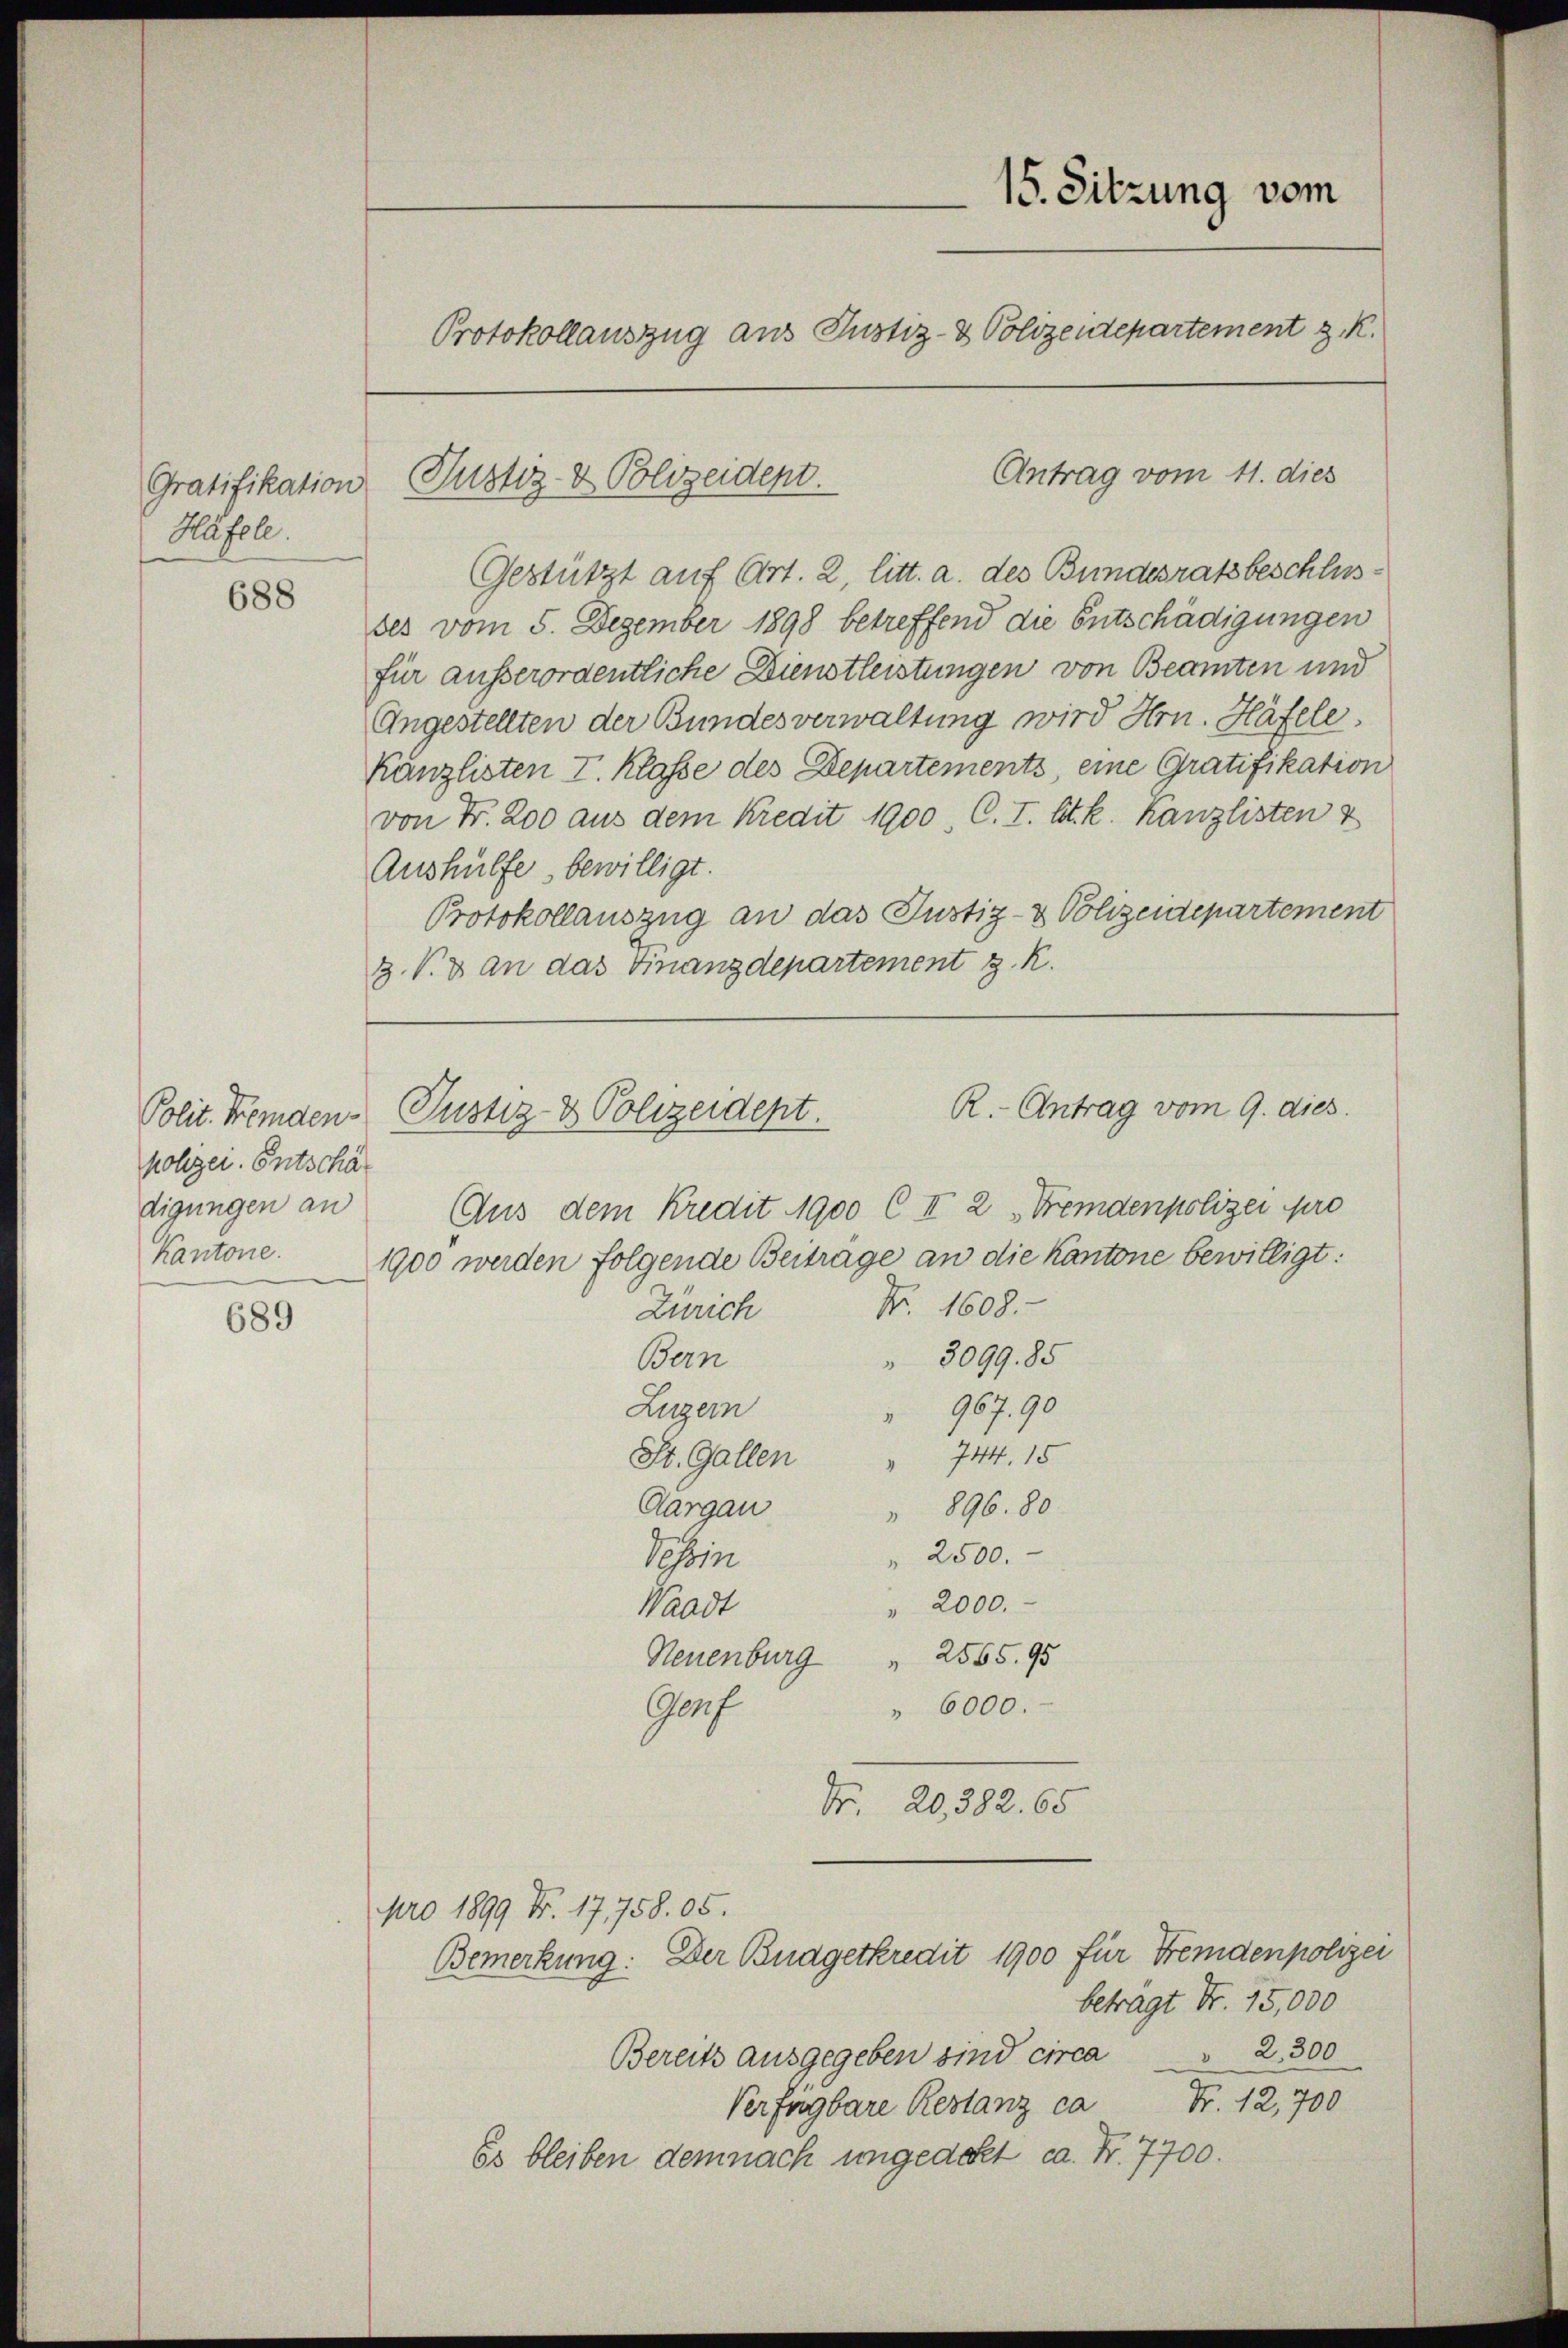
Gratifikation
Häfele.

688

holgen. Entschädigungen an
Kantone.

689

15. Sitzung vom
Protokollauszug aus Justiz- & Polizeidepartement z. K.

Justiz- & Polizeident.

Antrag vom 11. dies
Gestützt auf Art. 2, litt. a. des Bundesratsbeschlusses vom 5. Dezember 1898 betreffend die Entschädigungen
für ausserordentliche Dienstleistungen von Beamten und
Angestellten der Bundesverwaltung wird Hrn. Häfele
Känzlisten I. Klasse des Departements eine Gratifikation
von Nr. 200 aus dem Kredit 1900, C. I. lt. k. Kanzlisten &
Aushülfe bewilligt.
Protokollauszug an das Justiz- & Polizeidepartement
3. V. 3 an das Finanzdepartement z. R.
Aus dem Kredit 1900 C II 2 „Fremdenpolizei pro
1900 werden folgende Beitrage an die Kantone bewilligt:
Nr. 1608.
Zürich
 3099. 85
Bern
967.90
Luzern
744. 15
St. Gallen
Aargau
 896. 80.
2500.
Sohin
2000.
Waadt
Neuenburg  2555. 95
" 6000.
Gauf
Fr. 20,382. 65
Apro 1899 Fr. 17,758. 05.
Bemerkung: Der Budgetkredit 1900 für Fremdenpolizei
betragt Fr. 15,000
Bereits ausgegeben sind circa " 2300
Verfügbare Restanz ca Fr. 12,700
Es bleiben demnach ungeacht ca. Fr. 7700.

R.- Antrag vom 9. dies
Polit. Fremden Justiz- & Polizeident.